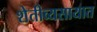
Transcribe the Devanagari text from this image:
शेतीव्यसायात